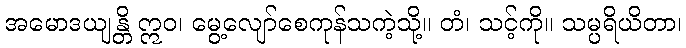
အမောဒယျန္တိ ဣဝ၊ မွေ့လျော်စေကုန်သကဲ့သို့။ တံ၊ သင့်ကို။ သမ္ပရိယိတာ၊